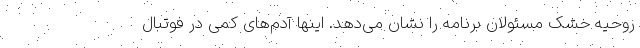
روحیه خشک مسئولان برنامه را نشان می‌دهد. اینها آدم‌های کمی در فوتبال